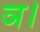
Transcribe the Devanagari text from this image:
ञ।